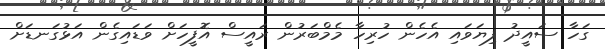
ގަހާ ސައީދު ފިޔަވައި އެހެން ހުރިހާ މެމްބަރުން ރައީސް އޮފީހަށް ވަޑައިގެން އަޅުގަނޑަށް